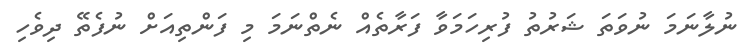
ނުލާނަމަ ނުވަތަ ޝަރުތު ފުރިހަމަވާ ފަރާތެއް ނެތްނަމަ މި ފަންތިއަށް ނުފެތޭ ދިވެހި